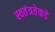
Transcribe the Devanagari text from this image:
स्वतंत्रतेकडे